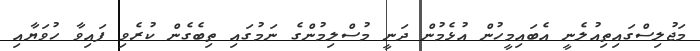
މަޖުލިސްގައިތިއުލެނީ އެބައިމީހުން އުޅެމުން ދަނީ މުސްލިމުންގެ ނަމުގައި ތިބެގެން ކުރެވި ފައިވާ ހުވަޔާއި